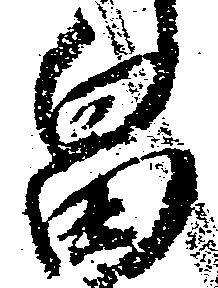
畠